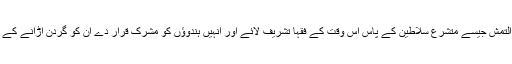
عہد سلاطین میں محمد تغلق اور التمش جیسے متشرع سلاطین کے پاس اس وقت کے فقہا تشریف لائے اور انہیں ہندوؤں کو مشرک قرار دے ان کو گردن اڑانے کے قرآنی حکم پر عمل کی تلقین کی۔